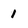
Character: 1